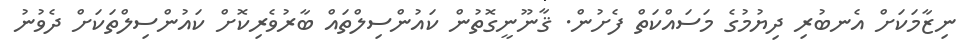
ނިޒާމަކަށް އެނބުރި ދިޔުމުގެ މަސައްކަތް ފެށުން. ޤާނޫނީގޮތުން ކައުންސިލްތައް ބާރުވެރިކޮށް ކައުންސިލްތަކަށް ދެވުނު